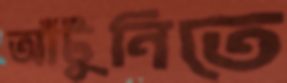
আঁটুনিতে